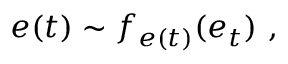
e ( t ) \sim f _ { e ( t ) } ( e _ { t } ) \mathrm { ~ , ~ }